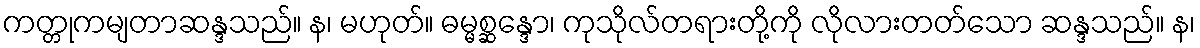
ကတ္တုကမျတာဆန္ဒသည်။ န၊ မဟုတ်။ ဓမ္မစ္ဆန္ဒော၊ ကုသိုလ်တရားတို့ကို လိုလားတတ်သော ဆန္ဒသည်။ န၊